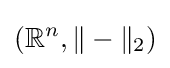
(\mathbb {R} ^{n},\|-\|_{2})